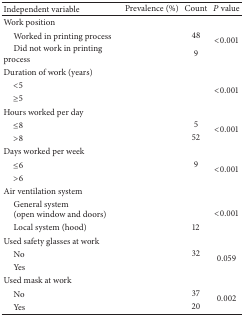
<table><thead><tr><td><b>Independent variable</b></td><td><b>Prevalence (%)</b></td><td><b>Count</b></td><td><b><i>P</i> value</b></td></tr></thead><tbody><tr><td>Work position</td><td>[EMPTY_CELL]</td><td>[EMPTY_CELL]</td><td>[EMPTY_CELL]</td></tr><tr><td> Worked in printing process</td><td>[EMPTY_CELL]</td><td>48</td><td rowspan="2">&lt;0.001</td></tr><tr><td> Did not work in printing process</td><td>[EMPTY_CELL]</td><td>9</td></tr><tr><td>Duration of work (years)</td><td>[EMPTY_CELL]</td><td>[EMPTY_CELL]</td><td>[EMPTY_CELL]</td></tr><tr><td> &lt;5</td><td>[EMPTY_CELL]</td><td>[EMPTY_CELL]</td><td rowspan="2">&lt;0.001</td></tr><tr><td> ≥5</td><td>[EMPTY_CELL]</td><td>[EMPTY_CELL]</td></tr><tr><td>Hours worked per day</td><td>[EMPTY_CELL]</td><td>[EMPTY_CELL]</td><td>[EMPTY_CELL]</td></tr><tr><td> ≤8</td><td>[EMPTY_CELL]</td><td>5</td><td rowspan="2">&lt;0.001</td></tr><tr><td> &gt;8</td><td>[EMPTY_CELL]</td><td>52</td></tr><tr><td>Days worked per week</td><td>[EMPTY_CELL]</td><td>[EMPTY_CELL]</td><td>[EMPTY_CELL]</td></tr><tr><td> ≤6</td><td>[EMPTY_CELL]</td><td>9</td><td rowspan="2">&lt;0.001</td></tr><tr><td> &gt;6</td><td>[EMPTY_CELL]</td><td>[EMPTY_CELL]</td></tr><tr><td>Air ventilation system</td><td>[EMPTY_CELL]</td><td>[EMPTY_CELL]</td><td>[EMPTY_CELL]</td></tr><tr><td> General system(open window and doors) </td><td>[EMPTY_CELL]</td><td>[EMPTY_CELL]</td><td rowspan="2">&lt;0.001</td></tr><tr><td> Local system (hood)</td><td>[EMPTY_CELL]</td><td>12</td></tr><tr><td>Used safety glasses at work</td><td>[EMPTY_CELL]</td><td>[EMPTY_CELL]</td><td>[EMPTY_CELL]</td></tr><tr><td> No</td><td>[EMPTY_CELL]</td><td>32</td><td rowspan="2">0.059</td></tr><tr><td> Yes</td><td>[EMPTY_CELL]</td><td>[EMPTY_CELL]</td></tr><tr><td>Used mask at work</td><td>[EMPTY_CELL]</td><td>[EMPTY_CELL]</td><td>[EMPTY_CELL]</td></tr><tr><td> No</td><td>[EMPTY_CELL]</td><td>37</td><td rowspan="2">0.002</td></tr><tr><td> Yes</td><td>[EMPTY_CELL]</td><td>20</td></tr></tbody></table>